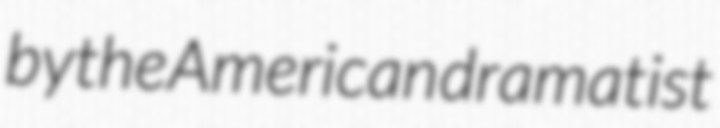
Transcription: by the American dramatist